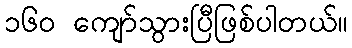
၁၆၀ ကျော်သွားပြီဖြစ်ပါတယ်။